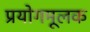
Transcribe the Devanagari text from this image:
प्रयोगमूलक